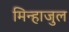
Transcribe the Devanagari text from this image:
मिन्हाजुल